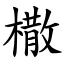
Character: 橵